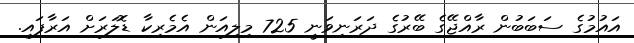
އައުމުގެ ސަބަބުން ރާއްޖޭގެ ބޭރުގެ ދަރަނިވަނީ 725 މިލިއަން އެމެރިކާ ޑޮލަރަށް އަރާފައި.